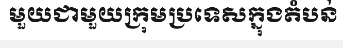
មួយជាមួយក្រុមប្រទេសក្នុងតំបន់